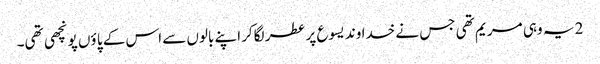
2 یہ وہی مر یم تھی جس نے خدا وند یسوع پر عطر لگاکر اپنے بالوں سے اس کے پا ؤں پونچھی تھی۔